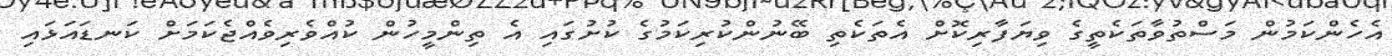
އެހެންކަމުން މަސްތުވާތަކެތީގެ ވިޔަފާރިކޮށް އެތަކެތި ބޭނުންކުރިކަމުގެ ކުށުގައި އެ ތިންމީހުން ކުއްވެރިވެއްޖެކަމަށް ކަނޑައަޅައި